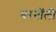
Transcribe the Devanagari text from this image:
बरनॉली